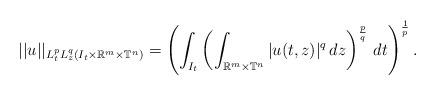
LaTeX: \begin{align*} ||u||_{L^p_tL^q_z(I_t \times \mathbb{R}^m\times \mathbb{T}^n)}=\left(\int_{I_t}\left(\int_{\mathbb{R}^m\times \mathbb{T}^n} |u(t,z)|^q \, dz \right)^{\frac{p}{q}} \, dt\right)^{\frac{1}{p}}.\end{align*}